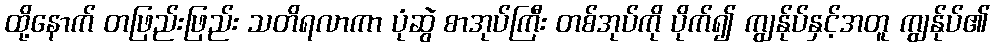
ထို့နောက် တဖြည်းဖြည်း သတိရလာကာ ပုံဆွဲ စာအုပ်ကြီး တစ်အုပ်ကို ပိုက်၍ ကျွန်ုပ်နှင့်အတူ ကျွန်ုပ်၏